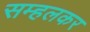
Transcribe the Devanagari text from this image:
सम्हलकर